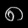
Digit: ၈